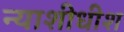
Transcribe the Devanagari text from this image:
न्‍याशीधीश